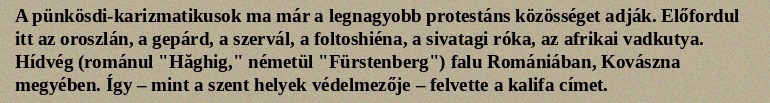
A pünkösdi-karizmatikusok ma már a legnagyobb protestáns közösséget adják. Előfordul itt az oroszlán, a gepárd, a szervál, a foltoshiéna, a sivatagi róka, az afrikai vadkutya. Hídvég (románul "Hăghig," németül "Fürstenberg") falu Romániában, Kovászna megyében. Így – mint a szent helyek védelmezője – felvette a kalifa címet.